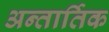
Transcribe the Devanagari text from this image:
अन्तार्तिक